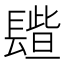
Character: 𨲦